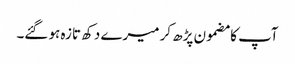
آپ کا مضمون پڑھ کر میرے دکھ تازہ ہو گئے۔